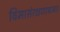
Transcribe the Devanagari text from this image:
विमासंरक्षणाबाबत